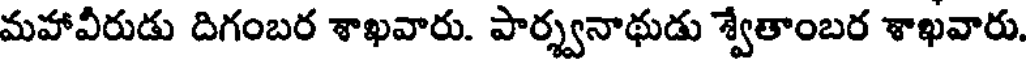
మహావీరుడు దిగంబర శాఖవారు. పార్శ్వనాథుడు శ్వేతాంబర శాఖవారు.